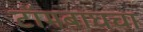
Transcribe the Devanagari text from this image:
टॉमबाघचा